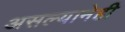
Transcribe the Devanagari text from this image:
असल्यानेही